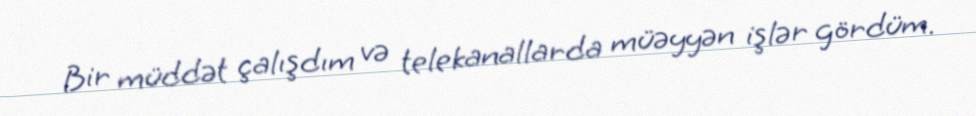
Bir müddət çalışdım və telekanallarda müəyyən işlər gördüm.